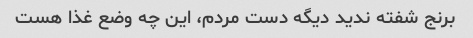
برنج شفته ندید دیگه دست مردم، این چه وضع غذا هست